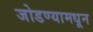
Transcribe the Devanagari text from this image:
जोडण्यामधून